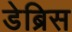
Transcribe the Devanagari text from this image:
डेब्रिस